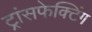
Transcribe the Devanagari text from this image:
ट्रांसफेक्टिंग